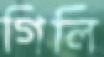
গিলি